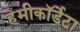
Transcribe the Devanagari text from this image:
हेमीकॉर्डेटा